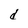
Character: d